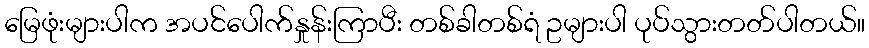
မြေဖုံးများပါက အပင်ပေါက်နှုန်းကြာပီး တစ်ခါတစ်ရံ ဥများပါ ပုပ်သွားတတ်ပါတယ်။